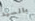
بالسيد